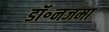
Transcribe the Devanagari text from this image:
डॉ॰नजमा